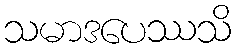
သမာဒပေဿသိ